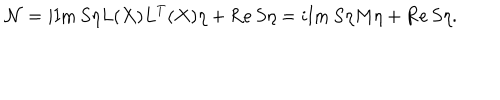
LaTeX: { \cal N } = i \mathrm { I m } \, S \eta L ( X ) L ^ { T } ( X ) \eta + \mathrm { R e } \, S \eta = i \mathrm { I m } \, S \eta M \eta + \mathrm { R e } \, S \eta .